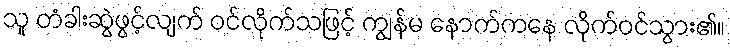
သူ တံခါးဆွဲဖွင့်လျက် ဝင်လိုက်သဖြင့် ကျွန်မ နောက်ကနေ လိုက်ဝင်သွား၏။